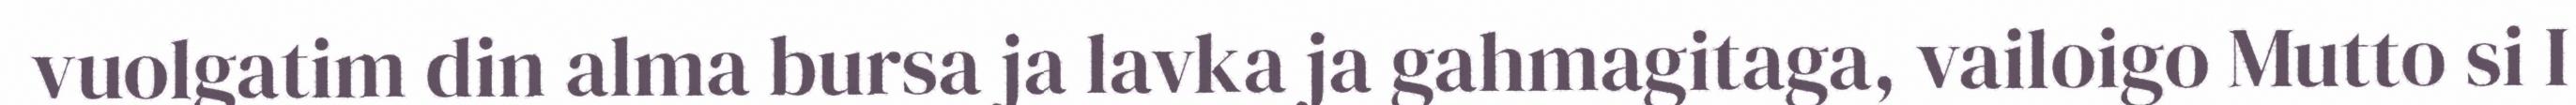
vuolgatim din alma bursa ja lavka ja gahmagitaga, vailoigo Mutto si I